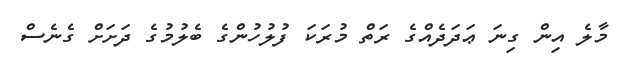
މާލެ އިން ގިނަ ޢަދަދެއްގެ ރަތް މުރަކަ ފުލުހުންގެ ބެލުމުގެ ދަށަށް ގެނެސް